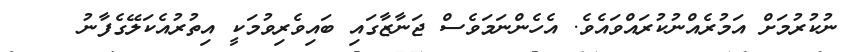
ނުކުރުމަށް އަމުރެއްނުކުރައްވައެވެ. އެހެންނަމަވެސް ޖަނާޒާގައި ބައިވެރިވުމަކީ އިތުރުއެކަލޭގެފާނު